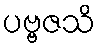
ပဗ္ဗဇသိ